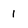
Character: 1